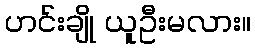
ဟင်းချို ယူဦးမလား။